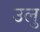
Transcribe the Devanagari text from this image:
उलु